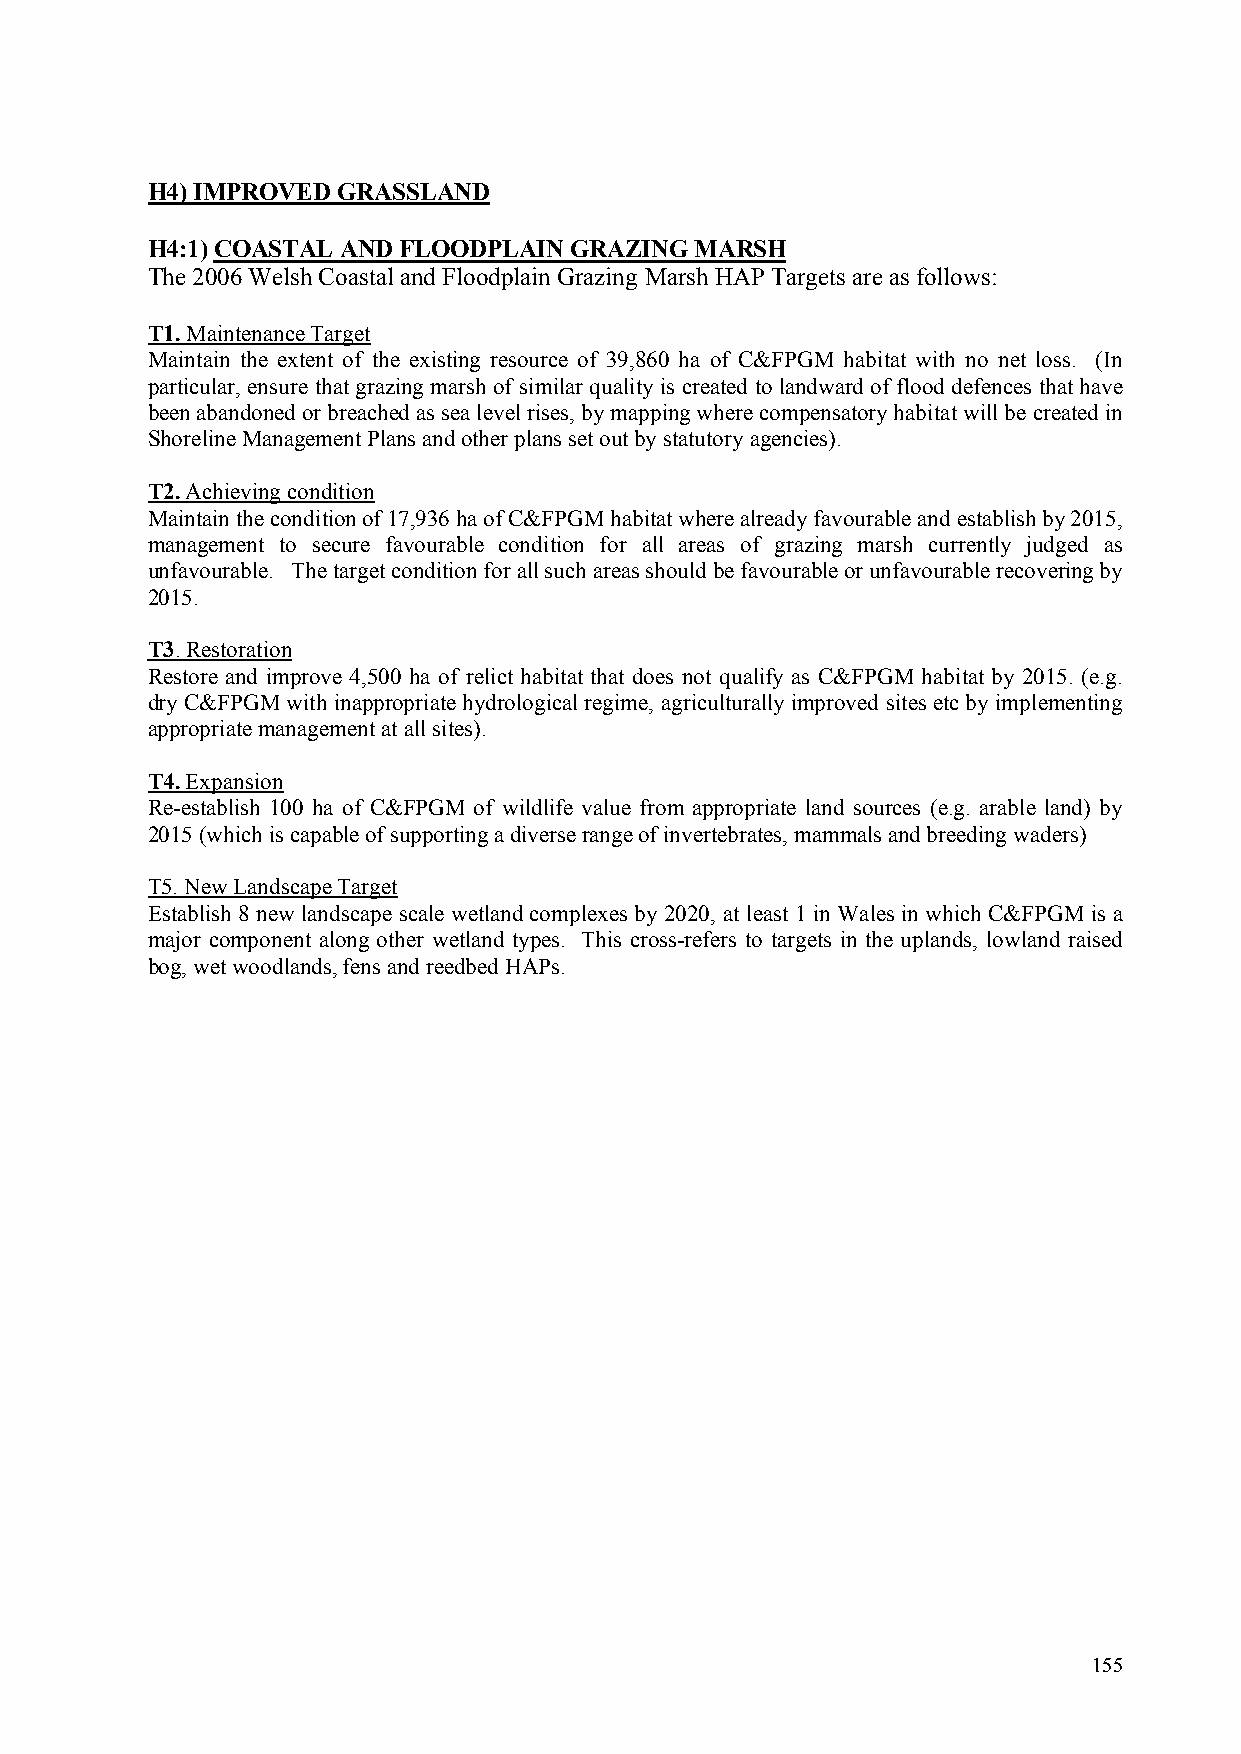
H4) IMPROVED GRASSLAND
 H4:1) COASTAL AND FLOODPLAIN GRAZING MARSH
 The 2006 Welsh Coastal and Floodplain Grazing MarshHAP Targets are as follows:
 T1. Maintenance Target
 Maintain the extent of the existing resource of 39,860 ha of C&FPGM habitat with no net loss. (In
 particular, ensure that grazing marsh of similar quality is created to landward of flood defences that have
 been abandoned or breached as sea level rises, by mapping where compensatory habitat will be created in
 Shoreline Management Plans and other plans set out by statutory agencies).
 T2. Achieving condition
 Maintain the condition of 17,936 ha of C&FPGM habitat where already favourable and establish by 2015,
 management to secure favourable condition for all areas of grazing marsh currently judged as
 unfavourable. The target condition for all such areas should be favourable or unfavourable recovering by
 2015.
 T3. Restoration
 Restore and improve 4,500 ha of relict habitat that does not qualify as C&FPGM habitat by 2015. (e.g.
 dry C&FPGM with inappropriate hydrological regime, agriculturally improved sites etc by implementing
 appropriate management at all sites).
 T4. Expansion
 Re-establish 100 ha of C&FPGM of wildlife value from appropriate land sources (e.g. arable land) by
 2015 (which is capable of supporting a diverse range of invertebrates, mammals and breeding waders)
 T5. New Landscape Target
 Establish 8 new landscape scale wetland complexes by 2020, at least 1 in Wales in which C&FPGM is a
 major component along other wetland types. This cross-refers to targets in the uplands, lowland raised
 bog, wet woodlands, fens and reedbed HAPs.
 155